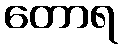
တောရ